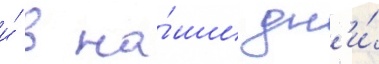
и́ в на́ши дн'и́